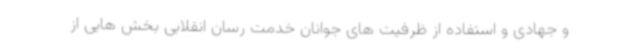
و جهادی و استفاده از ظرفیت های جوانان خدمت رسان انقلابی بخش هایی از